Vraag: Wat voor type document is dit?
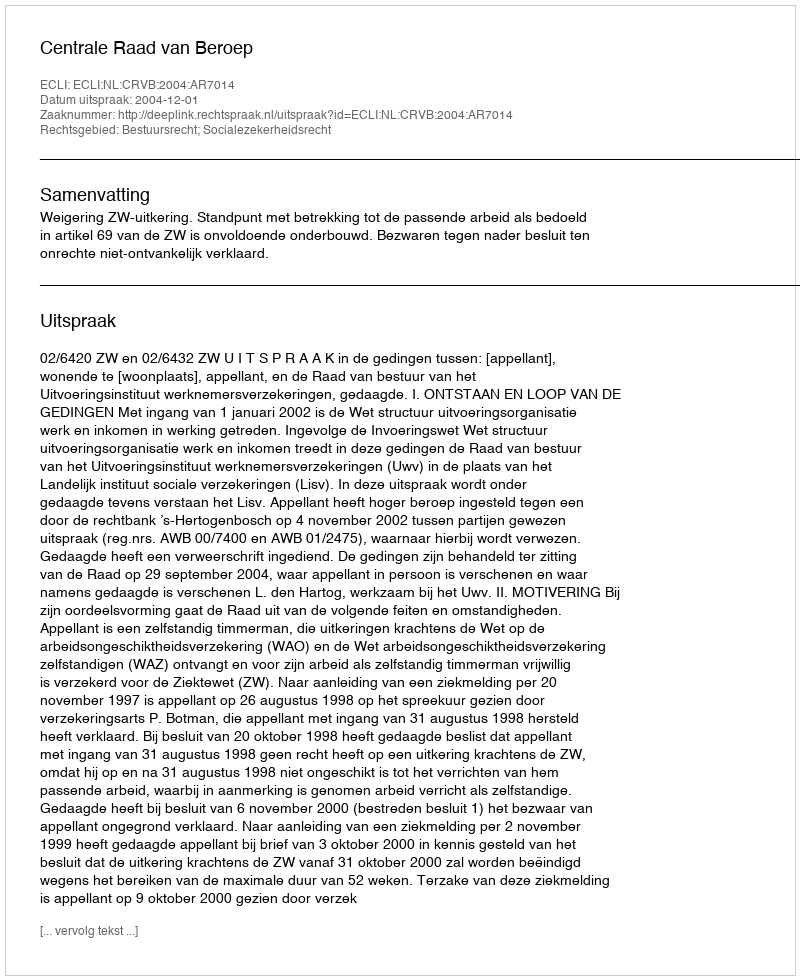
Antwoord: Uitspraak